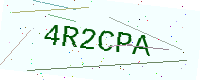
Text: 4R2CPA